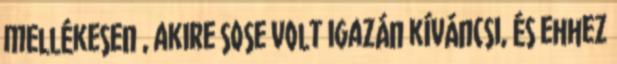
mellékesen , akire sose volt igazán kíváncsi, és ehhez